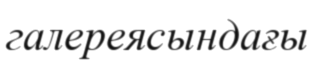
галереясындағы